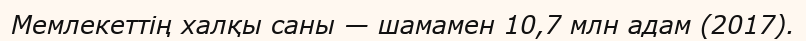
Мемлекеттің халқы саны — шамамен 10,7 млн адам (2017).